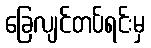
ခြေလျင်တပ်ရင်းမှ